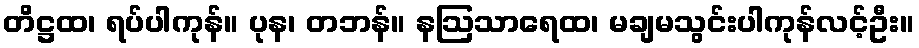
တိဋ္ဌထ၊ ရပ်ပါကုန်။ ပုန၊ တဘန်။ နဩသာရေထ၊ မချမသွင်းပါကုန်လင့်ဦး။